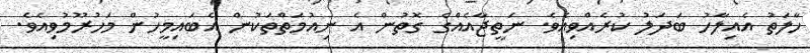
ހާލަތު އެއިލާހު ބަދަލު ކުރެއްވިއެވެ. ނަތީޖާއެއްގެ ގޮތުން އެ ނިއުމަތްތަކުން އެބައިމީހުން މަހުރޫމުވިއެވެ.